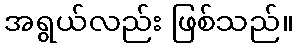
အရွယ်လည်း ဖြစ်သည်။